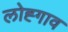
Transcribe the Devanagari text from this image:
लोह्गाव